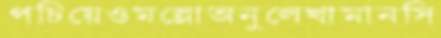
পচিয়েওমল্লোঅনুলেখামানসি